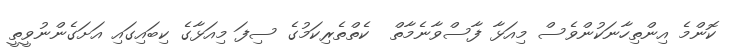
ކޮންމެ އިންތިހާނަކުންވެސް މިއަޅާ ފާސްވާނެމާތް  ކެތްތެރިކަމުގެ ސިފަ މިއަޅާގެ ކިބައިގައި އަށަގެންނުވީތީ